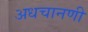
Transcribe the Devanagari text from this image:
अधचानणी